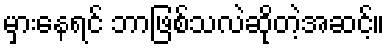
မှားနေရင် ဘာဖြစ်သလဲဆိုတဲ့အဆင့်။